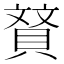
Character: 䝺